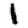
Digit: 1